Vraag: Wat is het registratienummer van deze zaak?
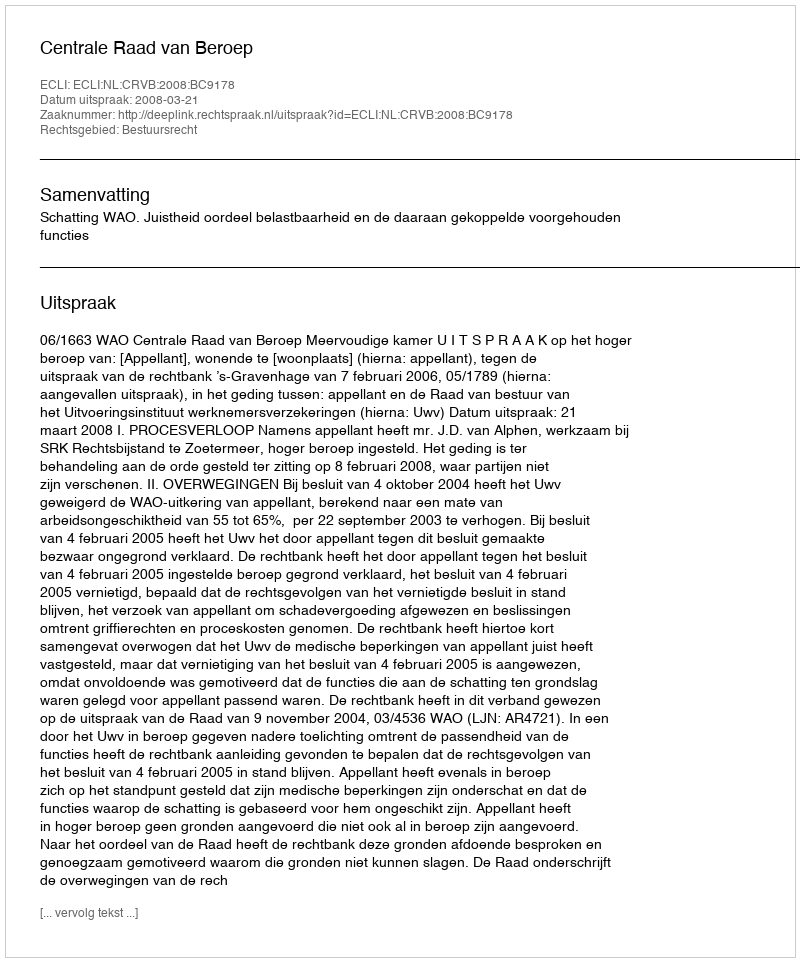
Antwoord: http://deeplink.rechtspraak.nl/uitspraak?id=ECLI:NL:CRVB:2008:BC9178